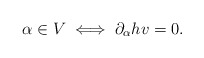
\begin{align*} \alpha \in V \iff \partial_{\alpha}h v = 0.\end{align*}